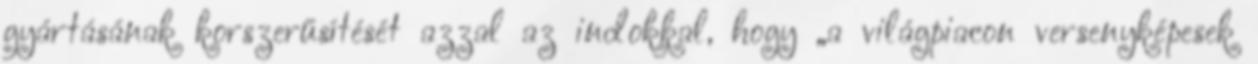
gyártásának korszerűsítését azzal az indokkal, hogy „a világpiacon versenyképesek